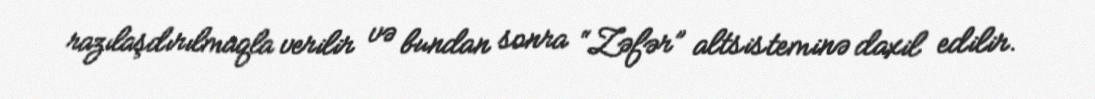
razılaşdırılmaqla verilir və bundan sonra “Zəfər” altsisteminə daxil edilir.